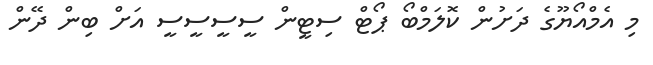
މި އެމްއޯޔޫގެ ދަށުން ކޮލަމްބޯ ޕޯޓް ސިޓީން ސީސީސީސީ އަށް ބިން ދޭން